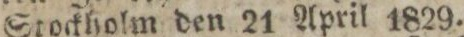
Stockholm den 21 April 1829.